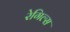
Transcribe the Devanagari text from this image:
रेगिल्स